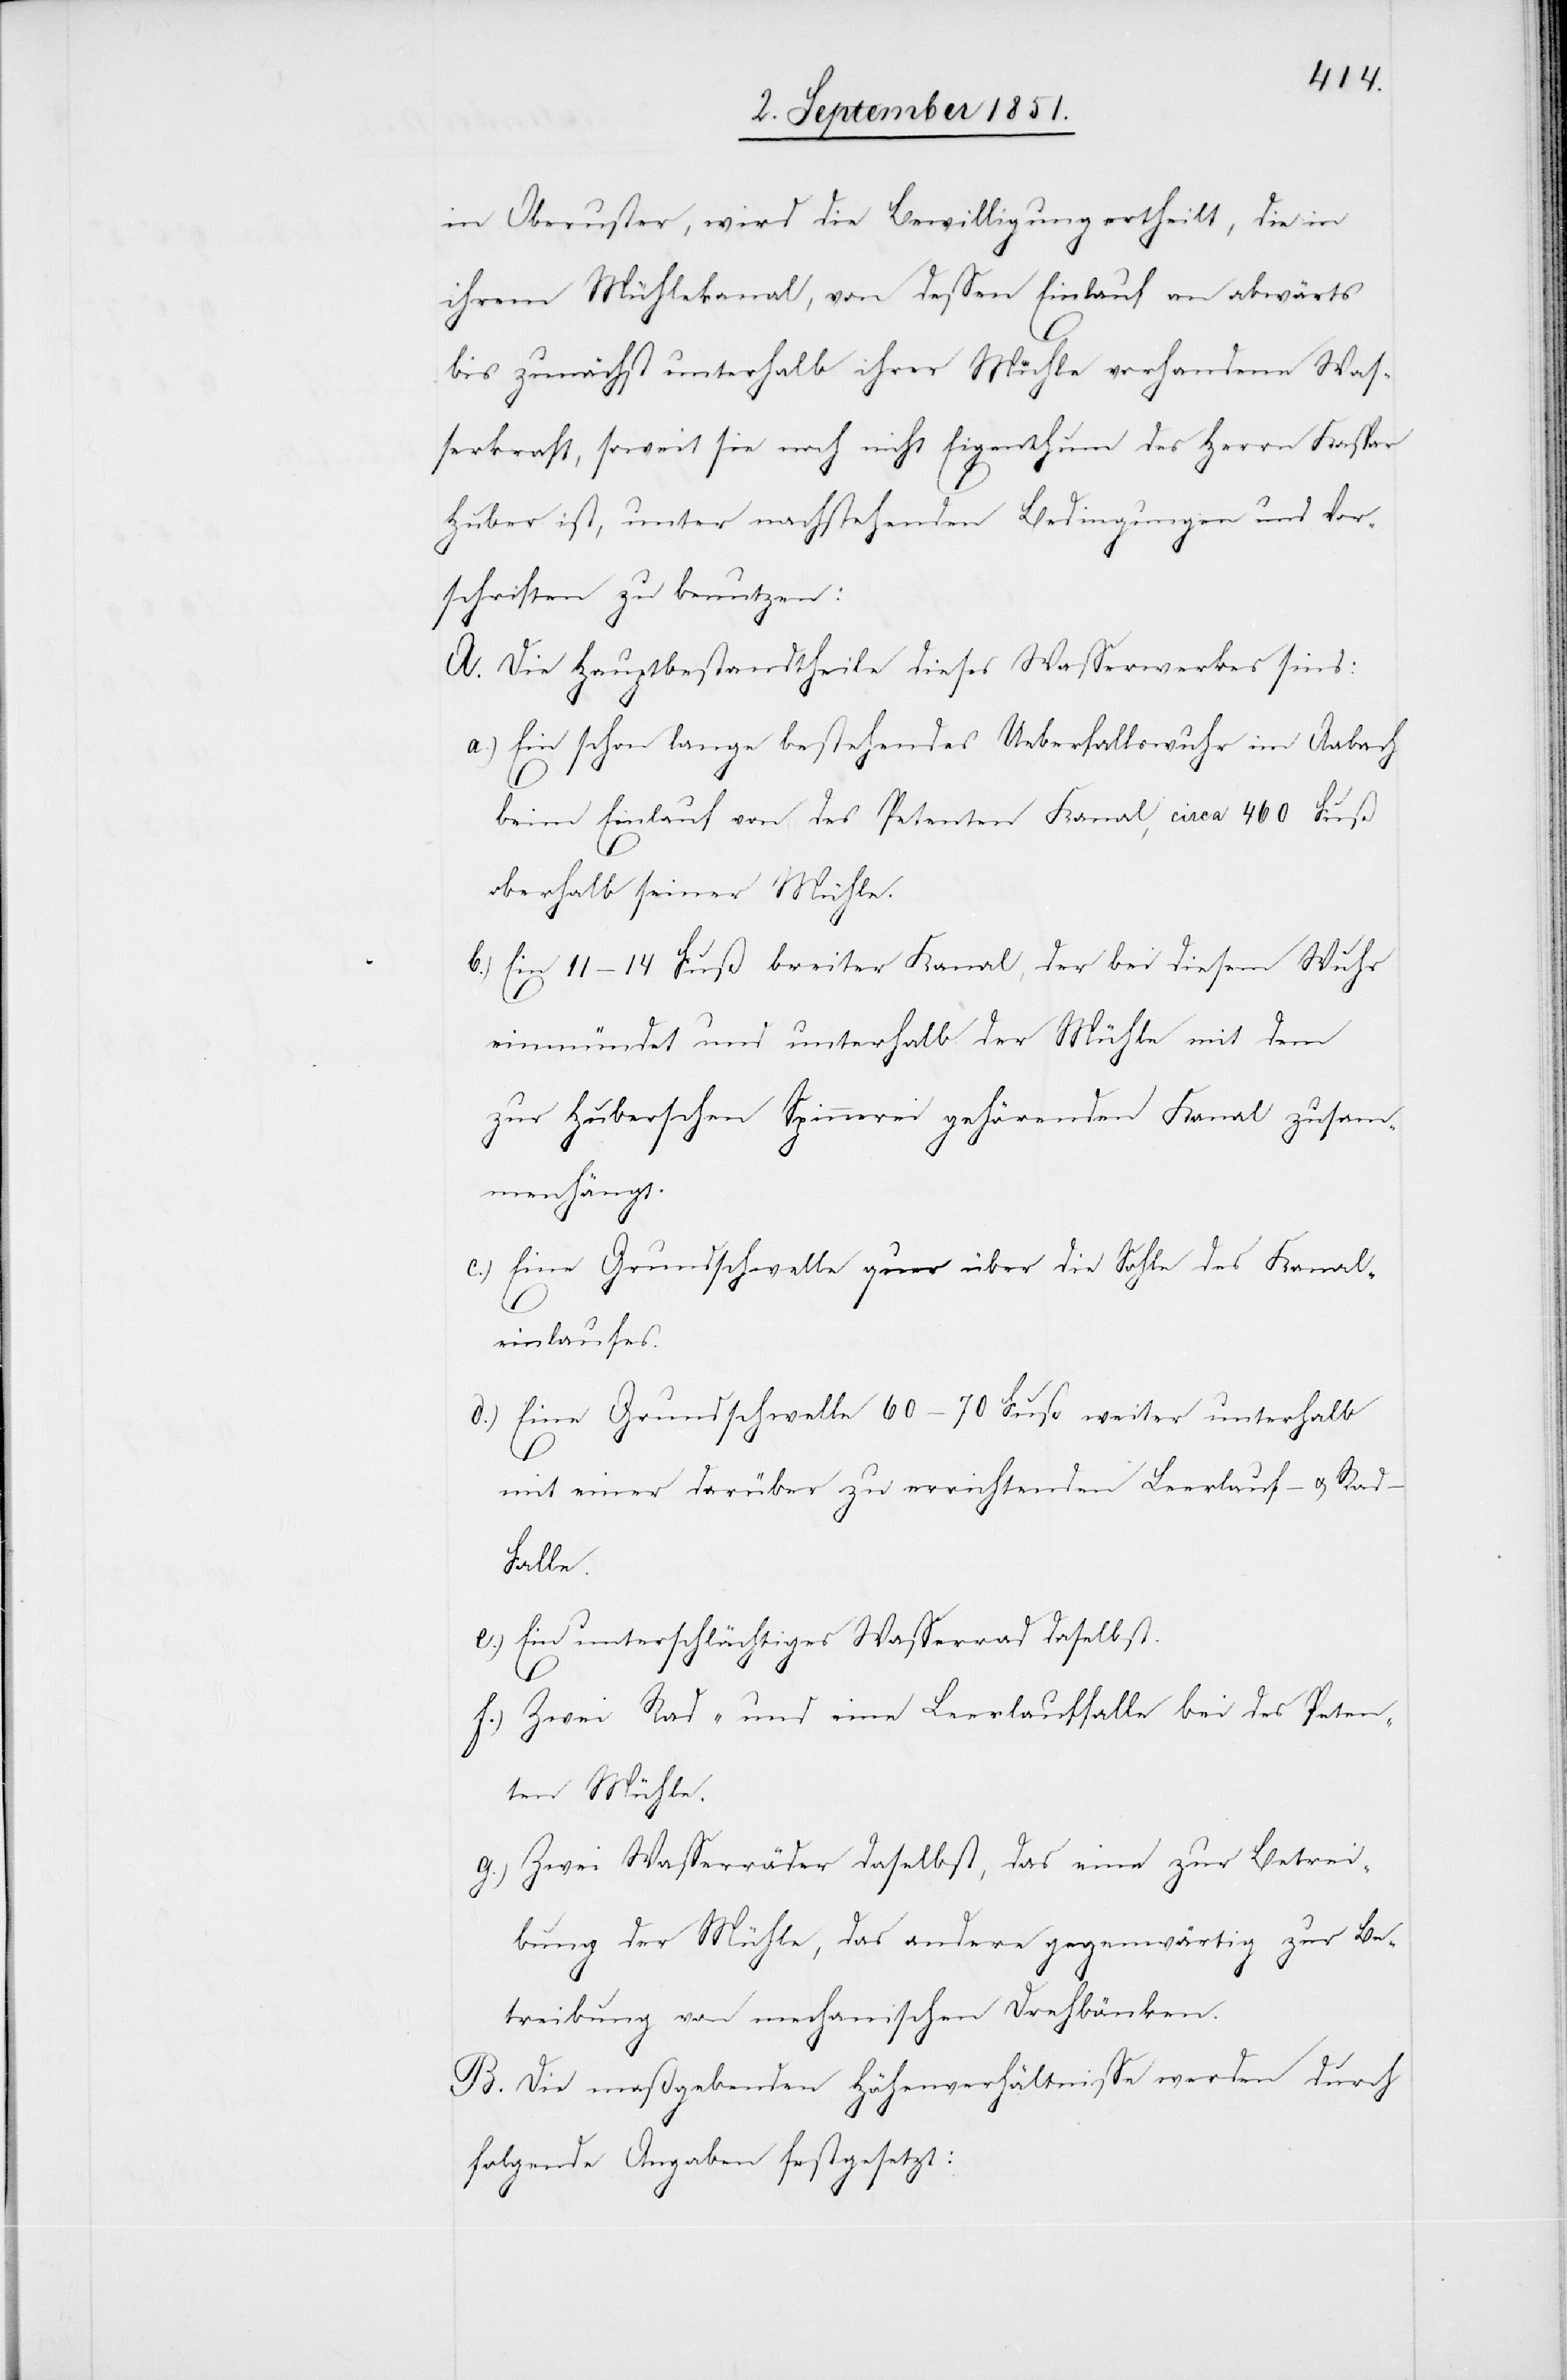
in Oberuster, wird die Bewilligung ertheilt, die in
ihrem Mühlekanal, von dessen Einlauf an abwärts
bis zunächst unterhalb ihrer Mühle vorhandene Was¬
serkraft, soweit sie noch nicht Eigenthum des Herrn Kaspar
Huber ist, unter nachstehenden Bedingungen und Vor¬
schriften zu benutzen:
A. Die Hauptbestandtheile dieses Wasserwerkes sind:
Ein schon lange bestehendes Ueberfallswuhr im Aabach
beim Einlauf von des Petenten Kanal, circa 460 Fuß
oberhalb seiner Mühle.
Ein 11–14 Fuß breiter Kanal, der bei diesem Wuhr
einmündet und unterhalb der Mühle mit dem
zur Huberschen Spinnerei gehörenden Kanal zusam¬
menhängt.
Eine Grundschwelle quer über die Sohle des Kanal¬
d.)
einlaufes.
Eine Grundschwelle 60–70 Fuß weiter unterhalb
mit einer darüber zu errichtenden Leerlauf- u. Rad-F¬
alle.
Ein unterschlächtiges Wasserrad daselbst.
f.)
Zwei Rad- und eine Leerlauffalle bei des Peten¬
ten Mühle.
Zwei Wasserräder daselbst, das eine zur Betrei¬
bung der Mühle, das andere gegenwärtig zur Be¬
treibung von mechanischen Drehbänken.
B. Die maßgebenden Höhenverhältnisse werden durch
folgende Angaben festgesetzt: